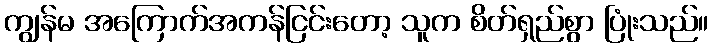
ကျွန်မ အကြောက်အကန်ငြင်းတော့ သူက စိတ်ရှည်စွာ ပြုံးသည်။